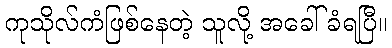
ကုသိုလ်ကံဖြစ်နေတဲ့ သူလို့ အခေါ်ခံရပြီ။